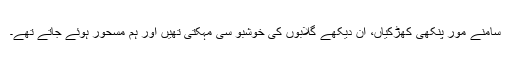
سامنے مور پنکھی کھڑکیاں، ان دیکھے گلابوں کی خوشبو سی مہکتی تھیں اور ہم مسحور ہوئے جاتے تھے۔